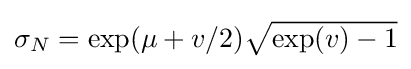
{\textstyle \sigma _{N}=\exp(\mu +v/2){\sqrt {\exp(v)-1}}}